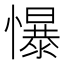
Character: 懪